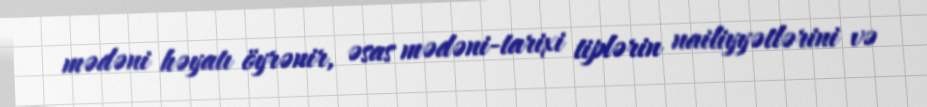
mədəni həyatı öyrənir, əsas mədəni-tarixi tiplərin nailiyyətlərini və